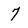
Character: 7